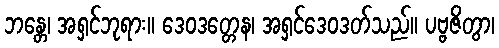
ဘန္တေ၊ အရှင်ဘုရား။ ဒေဝဒတ္တေန၊ အရှင်ဒေဝဒတ်သည်။ ပဗ္ဗဇိတွာ၊